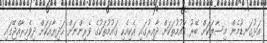
އަޅުގަނޑުމެން މިސާލަކަށް ބޭރު ޤައުމުތަކަށް ދާއިރުގައި އެކިއެކި ޤައުމުތަކުގެ ވެރިންނަށް ހަދިޔާއަކަށް ދިވެހިރާއްޖޭގައި